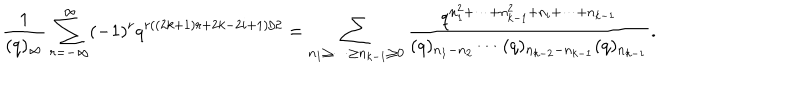
\frac { 1 } { ( q ) _ { \infty } } \sum _ { r = - \infty } ^ { \infty } ( - 1 ) ^ { r } q ^ { r ( ( 2 k + 1 ) r + 2 k - 2 i + 1 ) / 2 } = \displaystyle \sum _ { n _ { 1 } \geq \cdots \geq n _ { k - 1 } \geq 0 } \frac { q ^ { n _ { 1 } ^ { 2 } + \cdots + n _ { k - 1 } ^ { 2 } + n _ { i } + \cdots + n _ { k - 1 } } } { ( q ) _ { n _ { 1 } - n _ { 2 } } \cdots ( q ) _ { n _ { k - 2 } - n _ { k - 1 } } ( q ) _ { n _ { k - 1 } } } .